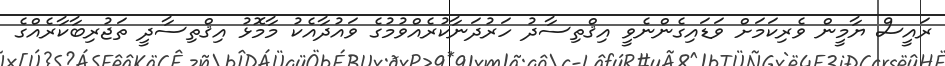
ރައީސް ޔާމީން ވެރިކަމަށް ވަޑައިގެންނެވީ އިޤްތިސާދު ހަރުދަނާކުރެއްވުމުގެ ވައުދާއެކު މާމޮޅު އިޤްތިސާދީ ތަޖުރިބާކާރެއްގެ